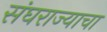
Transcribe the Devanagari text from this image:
संघराज्याचा